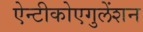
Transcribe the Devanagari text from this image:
ऐन्टीकोएगुलेंशन